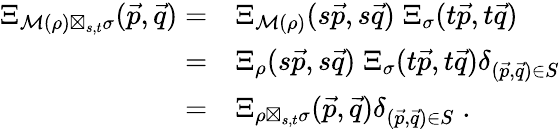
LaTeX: \begin{array}{rl}{\Xi_{\mathcal M(\rho)\boxtimes_{s,t}\sigma}(\vec{p},\vec{q})=}&{\Xi_{\mathcal M(\rho)}(s\vec{p},s\vec{q})\; \Xi_{\sigma}(t\vec{p},t\vec{q})}\\ {=}&{\Xi_{\rho}(s\vec{p},s\vec{q})\; \Xi_{\sigma}(t\vec{p},t\vec{q})\delta_{(\vec{p},\vec{q})\in S}}\\ {=}&{\Xi_{\rho\boxtimes_{s,t}\sigma}(\vec{p},\vec{q})\delta_{(\vec{p},\vec{q})\in S}\; .}\end{array}